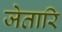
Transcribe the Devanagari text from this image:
जेतारि